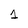
Character: 1